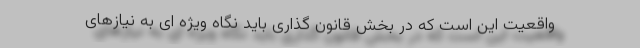
واقعیت این است که در بخش قانون گذاری باید نگاه ویژه ای به نیازهای